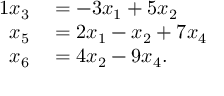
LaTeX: \begin{array} { r l } { { 1 } x _ { 3 } } & { { } = - 3 x _ { 1 } + 5 x _ { 2 } } \\ { x _ { 5 } } & { { } = 2 x _ { 1 } - x _ { 2 } + 7 x _ { 4 } } \\ { x _ { 6 } } & { { } = 4 x _ { 2 } - 9 x _ { 4 } . } \end{array}